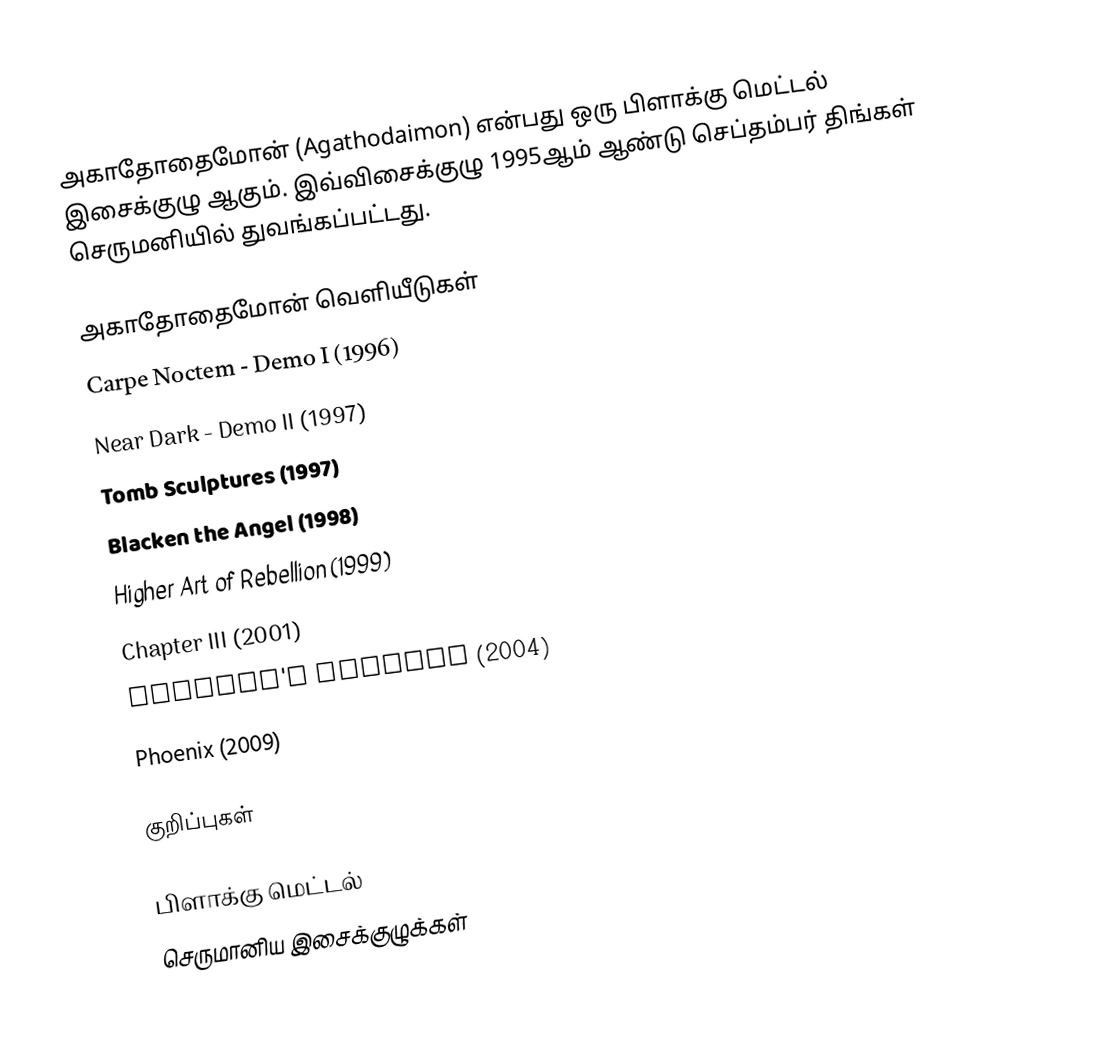
அகாதோதைமோன் (Agathodaimon) என்பது ஒரு பிளாக்கு மெட்டல் இசைக்குழு ஆகும். இவ்விசைக்குழு 1995ஆம் ஆண்டு செப்தம்பர் திங்கள் செருமனியில் துவங்கப்பட்டது.

அகாதோதைமோன் வெளியீடுகள்
Carpe Noctem - Demo I (1996)
Near Dark - Demo II (1997)
Tomb Sculptures (1997)
Blacken the Angel (1998)
Higher Art of Rebellion (1999)
Chapter III (2001)
Serpent's Embrace (2004)
Phoenix (2009)

குறிப்புகள்

பிளாக்கு மெட்டல்
செருமானிய இசைக்குழுக்கள்